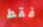
فقط